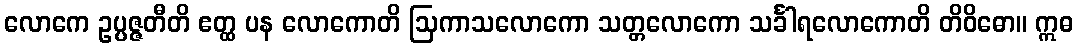
လောကေ ဥပ္ပဇ္ဇတီတိ ဧတ္ထ ပန လောကောတိ ဩကာသလောကော သတ္တလောကော သင်္ခါရလောကောတိ တိဝိဓော။ ဣဓ